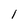
Character: l